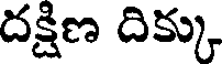
దక్షిణ దిక్కు